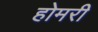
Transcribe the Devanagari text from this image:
होमरी